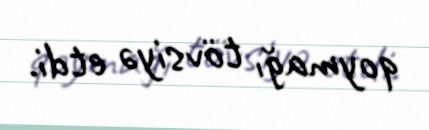
qoymağı tövsiyə etdi.